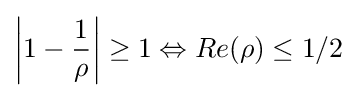
\left|1-{\frac {1}{\rho }}\right|\geq 1\Leftrightarrow Re(\rho )\leq 1/2